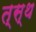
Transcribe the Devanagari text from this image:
त्स्थ